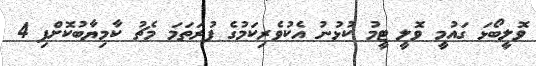
ވޮލީބޯޅަ ގައުމީ ވޮލީ ޓީމު ކުޅުނު އެކުވެރިކަމުގެ ފުރަތަމަ މެޗު ކާމިޔާބުކޮށްފި 4